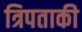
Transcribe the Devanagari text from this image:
त्रिपताकी